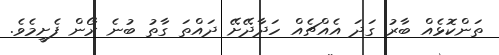
ތަންކޮޅެއް ބާރު ގަދަ އެއްޗެއް ހަދާދޭށޭ ދައްތަ ގާތު ބުނެ ރޯން ފެށީމެވެ.